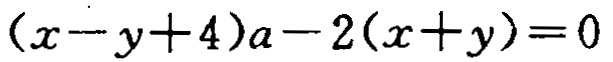
\((x - y + 4)a - 2(x + y)=0\)